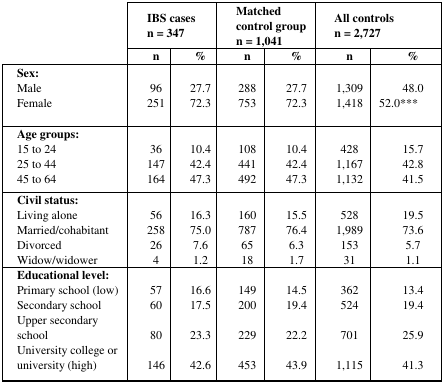
<table><thead><tr><td rowspan="2"></td><td colspan="2"><b>IBS cases n = 347</b></td><td colspan="2"><b>Matched control group n = 1,041</b></td><td colspan="2"><b>All controls n = 2,727</b></td></tr><tr><td><b>n</b></td><td><b>%</b></td><td><b>n</b></td><td><b>%</b></td><td><b>n</b></td><td><b>%</b></td></tr></thead><tbody><tr><td><b>Sex:</b>MaleFemale</td><td>96251</td><td>27.772.3</td><td>288753</td><td>27.772.3</td><td>1,3091,418</td><td>48.052.0***</td></tr><tr><td><b>Age groups:</b>15 to 2425 to 4445 to 64</td><td>36147164</td><td>10.442.447.3</td><td>108441492</td><td>10.442.447.3</td><td>4281,1671,132</td><td>15.742.841.5</td></tr><tr><td><b>Civil status:</b>Living aloneMarried/cohabitantDivorcedWidow/widower</td><td>56258264</td><td>16.375.07.61.2</td><td>1607876518</td><td>15.576.46.31.7</td><td>5281,98915331</td><td>19.573.65.71.1</td></tr><tr><td><b>Educational level:</b>Primary school (low)Secondary schoolUpper secondary schoolUniversity college or university (high)</td><td>576080146</td><td>16.617.523.342.6</td><td>149200229453</td><td>14.519.422.243.9</td><td>3625247011,115</td><td>13.419.425.941.3</td></tr></tbody></table>